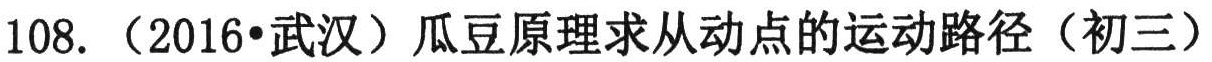
108. （2016•武汉）瓜豆原理求从动点的运动路径（初三）